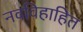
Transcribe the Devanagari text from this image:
नवविहाहित